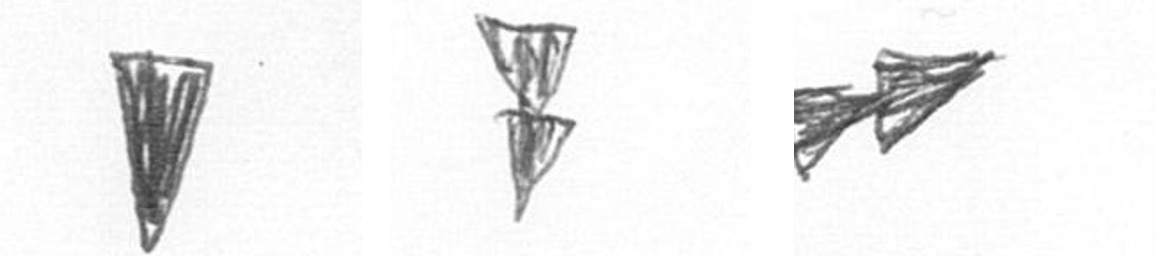
J Z A